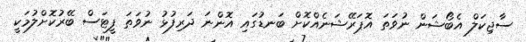
ސާޖިކަލް އެބޯޝަން ނުވަތަ އޮޕަރޭޝަނެއްކޮށް ބަނޑުގައި އޮންނަ ދަރިފުޅު ނުވަތަ ފީޓަސް ބޭރުކޮށްލުމަކީ